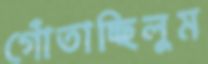
গোঁতাচ্ছিলুম